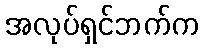
အလုပ်ရှင်ဘက်က